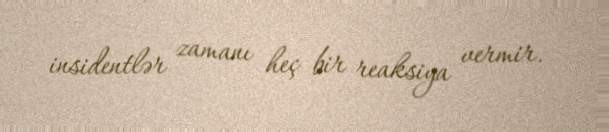
insidentlər zamanı heç bir reaksiya vermir.